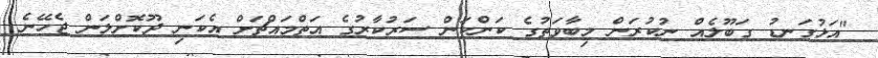
"އަޅުގަނޑު ގަބޫލެއް ނުކުރަން މިބާވަތުގެ ކަންކަން ސަރުކާރުގެ އަތްމައްޗަށް އެކަނި ދޫކޮށްލަން ޖެހޭނެ